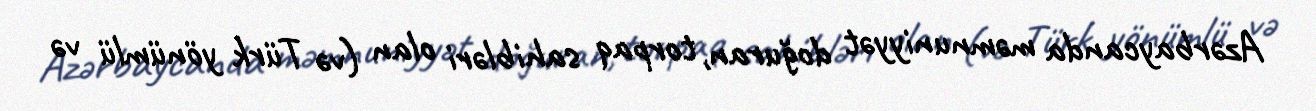
Azərbaycanda məmnuniyyət doğuran, torpaq sahibləri olan (və Türk yönümlü və